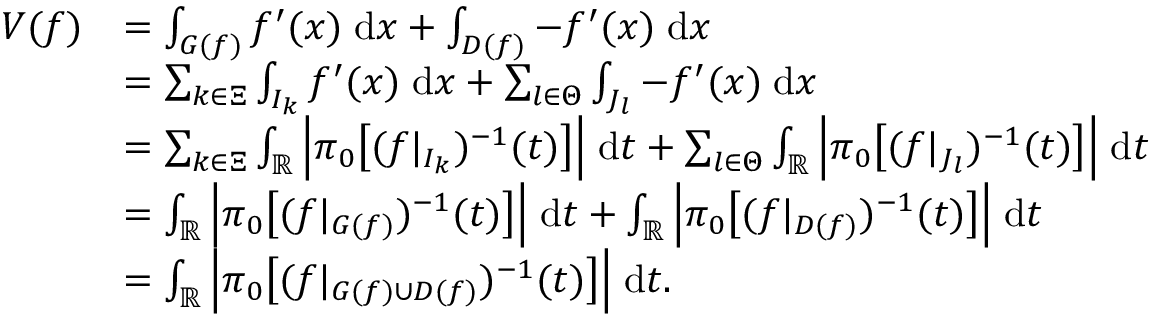
\begin{array} { r l } { V ( f ) } & { = \int _ { G ( f ) } f ^ { \prime } ( x ) \; \mathrm { d } x + \int _ { D ( f ) } - f ^ { \prime } ( x ) \; \mathrm { d } x } \\ & { = \sum _ { k \in \Xi } \int _ { I _ { k } } f ^ { \prime } ( x ) \; \mathrm { d } x + \sum _ { l \in \Theta } \int _ { J _ { l } } - f ^ { \prime } ( x ) \; \mathrm { d } x } \\ & { = \sum _ { k \in \Xi } \int _ { \mathbb { R } } \Big | \pi _ { 0 } \big [ ( f | _ { I _ { k } } ) ^ { - 1 } ( t ) \big ] \Big | \; \mathrm { d } t + \sum _ { l \in \Theta } \int _ { \mathbb { R } } \Big | \pi _ { 0 } \big [ ( f | _ { J _ { l } } ) ^ { - 1 } ( t ) \big ] \Big | \; \mathrm { d } t } \\ & { = \int _ { \mathbb { R } } \Big | \pi _ { 0 } \big [ ( f | _ { G ( f ) } ) ^ { - 1 } ( t ) \big ] \Big | \; \mathrm { d } t + \int _ { \mathbb { R } } \Big | \pi _ { 0 } \big [ ( f | _ { D ( f ) } ) ^ { - 1 } ( t ) \big ] \Big | \; \mathrm { d } t } \\ & { = \int _ { \mathbb { R } } \Big | \pi _ { 0 } \big [ ( f | _ { G ( f ) \cup D ( f ) } ) ^ { - 1 } ( t ) \big ] \Big | \; \mathrm { d } t . } \end{array}